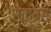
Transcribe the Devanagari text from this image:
रक्त्र